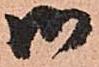
御